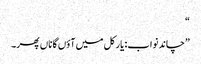
“
”چاند نواب: یار کل میں آؤں گا ناں پھر۔